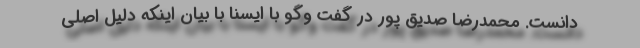
دانست. محمدرضا صدیق پور در گفت وگو با ایسنا با بیان اینکه دلیل اصلی